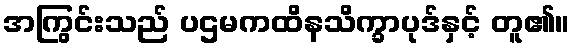
အကြွင်းသည် ပဌမကထိနသိက္ခာပုဒ်နှင့် တူ၏။